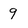
Character: 9